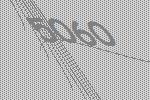
5060